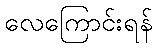
လေကြောင်းရန်